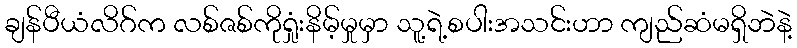
ချန်ပီယံလိဂ်က လစ်ဇစ်ကိုရှုံးနိမ့်မှုမှာ သူ့ရဲ့စပါးအသင်းဟာ ကျည်ဆံမရှိဘဲနဲ့